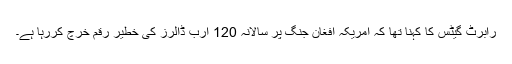
رابرٹ گیٹس کا کہنا تھا کہ امریکہ افغان جنگ پر سالانہ 120 ارب ڈالرز کی خطیر رقم خرچ کررہا ہے۔